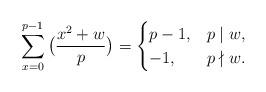
LaTeX: \begin{align*}\sum_{x=0}^{p-1}\big(\frac{x^2+w}{p}\big)=\begin{cases}p-1, & p \mid w,\\-1, & p\nmid w.\end{cases}\end{align*}